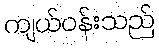
ကျယ်ဝန်းသည်